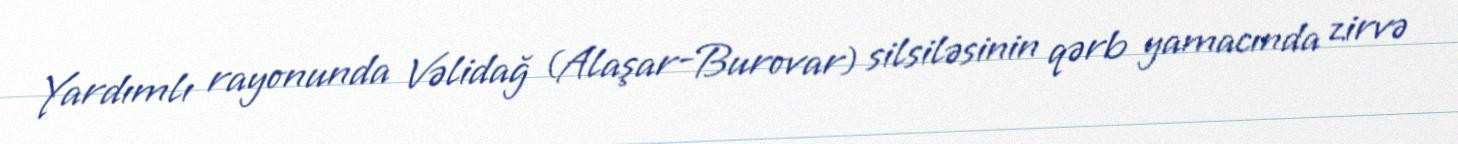
Yardımlı rayonunda Vəlidağ (Alaşar-Burovar) silsiləsinin qərb yamacında zirvə